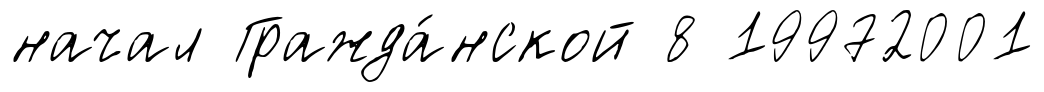
начал Гражда́нской 8 19972001